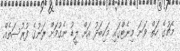
މެޗުގެ ހަތް ވަނަ މިނެޓްގައި މަހިބަދު އަށް ލީޑު ނެގުމަށް ރަނުގެ ފުރުސަތެއް